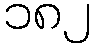
၁၈၂